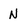
Character: N